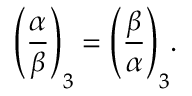
{ \Bigg ( } { \frac { \alpha } { \beta } } { \Bigg ) } _ { 3 } = { \Bigg ( } { \frac { \beta } { \alpha } } { \Bigg ) } _ { 3 } .